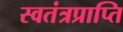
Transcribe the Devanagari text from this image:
स्वतंत्रप्राप्ति